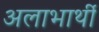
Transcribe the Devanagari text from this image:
अलाभार्थी